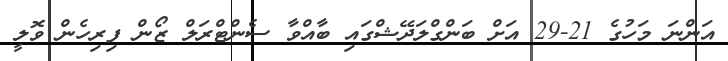
އަންނަ މަހުގެ 21-29 އަށް ބަންގްލަދޭޝްގައި ބާއްވާ ސެންޓްރަލް ޒޯން ފިރިހެން ވޮލީ